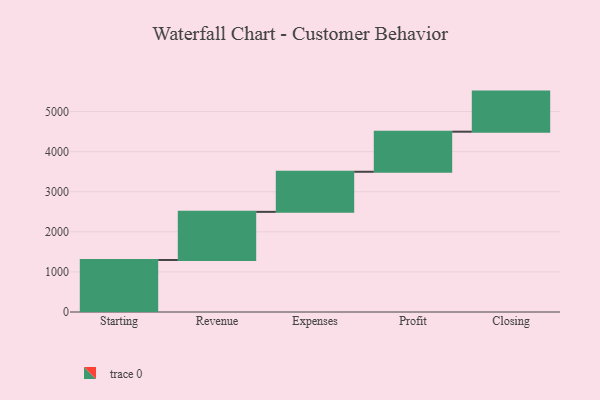
{"axis": {"x": "Step", "y": "Value"}, "legend": [""], "data": [{"x": "Starting", "y": 1298.0, "type": ""}, {"x": "Revenue", "y": 1200.0, "type": ""}, {"x": "Expenses", "y": 1000, "type": ""}, {"x": "Profit", "y": 1000, "type": ""}, {"x": "Closing", "y": 1000, "type": ""}]}